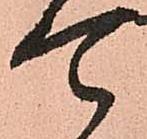
て